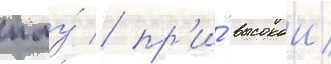
пму́ / пр'и́ высокои